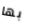
بها